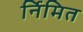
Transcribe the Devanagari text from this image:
र्निमित